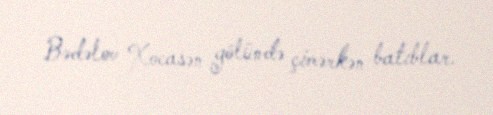
Bədəlov Xocasən gölündə çimərkən batıblar.